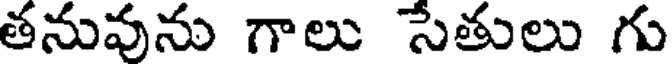
తనువును గాలు సేతులు గు